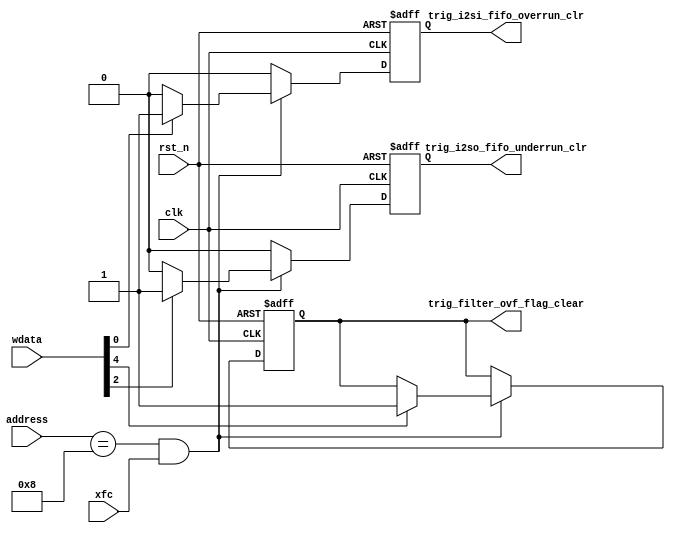
//////////////////////////////////////////////////////////////////////////////////
// Module Name:             trig_generator.v
// Last Modification:       3/29/2016
// Description: When triggered, this sub-block generates a signal to clear 
//					 any of the status bits (such as the overrun and underrun)
//////////////////////////////////////////////////////////////////////////////////

`timescale 1ns / 1ps

module trig_generator(clk, rst_n, address, wdata, xfc, trig_i2si_fifo_overrun_clr, 
                      trig_i2so_fifo_underrun_clr, trig_filter_ovf_flag_clear);
     
    // Inputs
    input                       clk;                                // master clock
    input                       rst_n;                              // reset
    input       [10:0]          address;                            // register address
    input       [ 7:0]          wdata;                              // data to be written for a write op
    input                       xfc;                                // transfer complete
    // Outputs
    output reg                  trig_i2si_fifo_overrun_clr;         // address = 0x008 bit 0
    output reg                  trig_i2so_fifo_underrun_clr;	     // address = 0x008 bit 2
    output reg                  trig_filter_ovf_flag_clear;         // address = 0x008 bit 4

    always @ (posedge clk or negedge rst_n)
    begin
        if (~rst_n) 
        begin
            trig_i2si_fifo_overrun_clr <= 0;
            trig_i2so_fifo_underrun_clr <= 0;
            trig_filter_ovf_flag_clear <= 0;
        end
        
        else
        begin
            // initializing trigger bits to zero	
            trig_i2si_fifo_overrun_clr <= 0;
            trig_i2so_fifo_underrun_clr <= 0;
            // triggering when file transfer is complete and address being written to is 0x00c
            if	(address == 11'h008 && xfc ==1)
            begin
                // if written to bit 0 of 0x008, trig_i2si_fifo_overrun_clr is triggered
                if (wdata[0])
                    trig_i2si_fifo_overrun_clr <= 1;
                // if written to bit 2 of 0x008, trig_i2so_fifo_underrun_clr is triggered
                if (wdata[2])
                    trig_i2so_fifo_underrun_clr <= 1;
                // if written to bit 4 of 0x008, trig_filter_ovf_flag_clear is triggered
                if (wdata[4])
                    trig_filter_ovf_flag_clear <= 1;
            end
        end
    end

endmodule